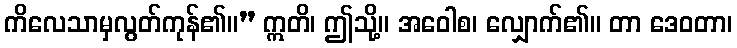
ကိလေသာမှလွတ်ကုန်၏။” ဣတိ၊ ဤသို့။ အဝေါစ၊ လျှောက်၏။ တာ ဒေဝတာ၊